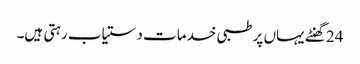
24 گھنٹے یہاں پر طبی خدمات دستیاب رہتی ہیں۔